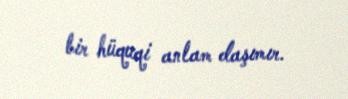
bir hüquqi anlam daşımır.